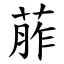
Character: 葄